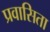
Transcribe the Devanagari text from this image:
प्रवासिता